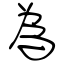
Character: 為